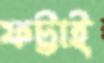
ফট্টাই